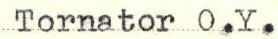
Tornator O.Y.